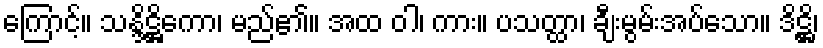
ကြောင့်။ သန္ဒိဋ္ဌိကော၊ မည်၏။ အထ ဝါ၊ ကား။ ပသတ္ထာ၊ ချီးမွမ်းအပ်သော။ ဒိဋ္ဌိ၊